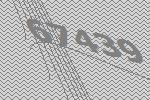
67439